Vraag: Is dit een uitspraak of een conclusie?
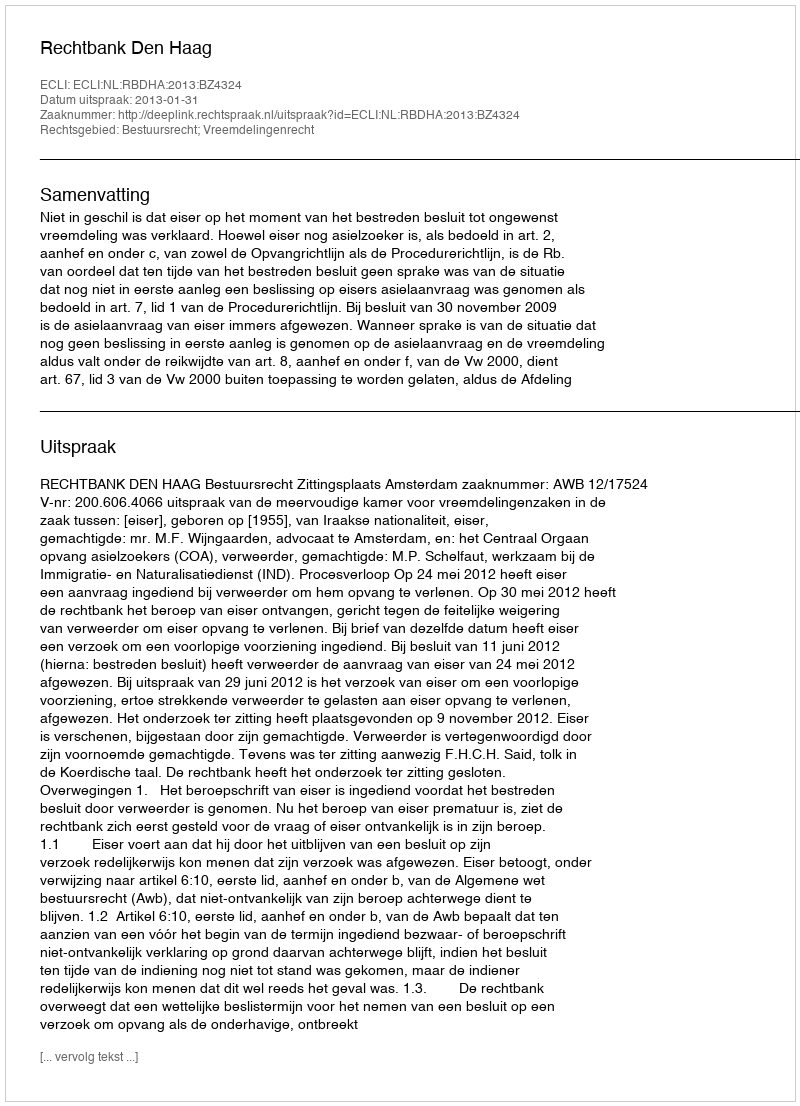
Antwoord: Uitspraak